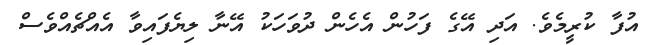
އުފާ ކުރީމެވެ. އަދި އޭގެ ފަހުން އެހެން ދުވަހަކު އޭނާ ލިޔެފައިވާ އެއްޗެއްވެސް